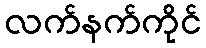
လက်နက်ကိုင်